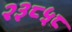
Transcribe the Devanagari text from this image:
२३८५८